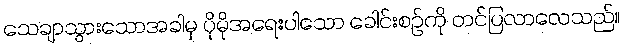
သေချာသွားသောအခါမှ ပိုမိုအရေးပါသော ခေါင်းစဉ်ကို တင်ပြလာလေသည်။